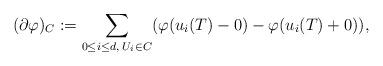
LaTeX: \begin{align*}(\partial \varphi)_C := \sum _{0 \leq i \leq d, \; U_i \in C} (\varphi (u_i(T) - 0) - \varphi (u_i (T)+ 0)),\end{align*}